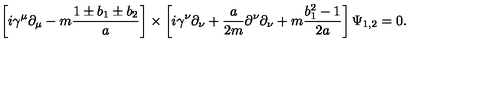
\left[ i \gamma ^ { \mu } \partial _ { \mu } - m { \frac { 1 \pm b _ { 1 } \pm b _ { 2 } } { a } } \right] \times \left[ i \gamma ^ { \nu } \partial _ { \nu } + { \frac { a } { 2 m } } \partial ^ { \nu } \partial _ { \nu } + m { \frac { b _ { 1 } ^ { 2 } - 1 } { 2 a } } \right] \Psi _ { 1 , 2 } = 0 .